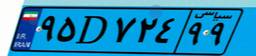
۳۱D۴۶۲۱۴